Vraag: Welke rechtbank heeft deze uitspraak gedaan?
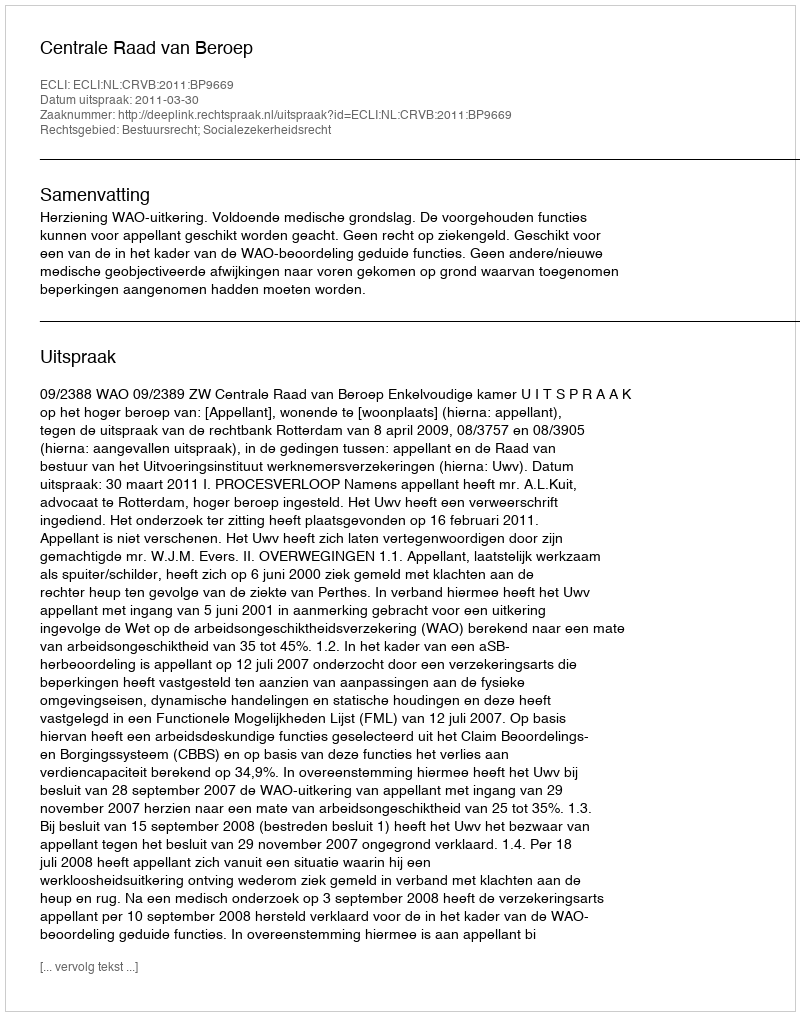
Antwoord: Centrale Raad van Beroep